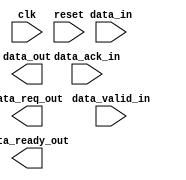
module usb_bus_controller (
    input wire clk,                    // Clock signal
    input wire reset,                  // Reset signal
    
    // Data signals
    input wire [7:0] data_in,          // Input data from USB bus
    output wire [7:0] data_out,        // Output data to USB bus
    
    // Control signals
    input wire data_valid_in,          // Input valid signal
    output wire data_ready_out,        // Output ready signal
    
    // Handshake signals
    input wire data_ack_in,            // Input acknowledge signal
    output wire data_req_out           // Output request signal
);

// Timing control and synchronization blocks
// Implement modules for controlling data transfer rates, handling data buffering, and handshaking signals
// Ensure proper timing for packetized data transmission and synchronization mechanisms

// Your design code here

endmodule